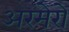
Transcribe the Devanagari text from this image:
अरमेरो